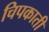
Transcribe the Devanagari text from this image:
चिपकाती